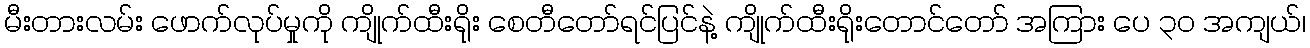
မီးတားလမ်း ဖောက်လုပ်မှုကို ကျိုက်ထီးရိုး စေတီတော်ရင်ပြင်နဲ့ ကျိုက်ထီးရိုးတောင်တော် အကြား ပေ ၃၀ အကျယ်၊